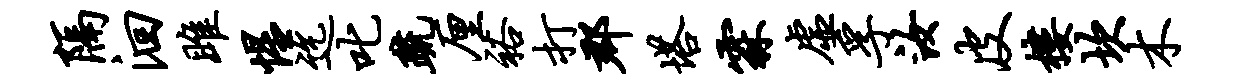
隔洄雎惺迄叱疏厘裕打郡塔霖虚孚汝皮楼坎木